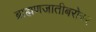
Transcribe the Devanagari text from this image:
ब्राह्मणजातीबरोबर